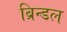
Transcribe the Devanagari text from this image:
ब्रिन्डल